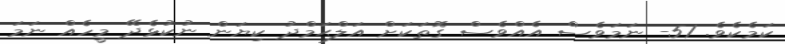
ކަމެކެވެ. 51- ނަމަވެސް އެއްވެސް ގޮތަކަށް އަލްޙަމްދު ކިޔަން ނުކުޅެދޭ މީހެއް ނަމަ